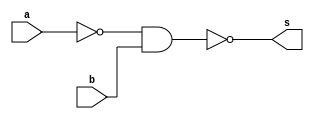
/*
Aluno: Gabriel Samarane Ribeiro [1313414]
Matricula: 725052
Matria: Arquitetura de Computadores-1
Guia_0504
*/


module Guia_0504(output s, input a, input b);

  //	Funo:	~(~a&b)
  //	nand: ~(a&b)
  
  	//Dados
	
	wire not_a;
	
	//Portas
	
  	nand NOTa(not_a,a,1);
  	
  	nand nand_gate(s,not_a,b);
  	

endmodule


module teste;

	//Dados para teste
	
	reg a;
	reg b;
	wire s;
	
	Guia_0504 moduloTeste(s,a,b);

initial
	begin: main
	
	
		$display("Guia_0504 - GabrielSamaraneRibeiro - 1313414");
		$display("Test module");
		$display(" a - b - s ");
		
		// projetar testes do modulo
		/*
			Fazendo a tabela verdade para prever resultados
			
				| a | b | ~(~a&b) | 
				|---|---|---------|
				| 0 | 0 |    1    |
				| 0 | 1 |    0    |
				| 1 | 0	|    1    |
				| 1 | 1 |    1	  |
		*/
		
		
		$monitor("%4b %4b %4b", a, b, s);					
		 a = 1'b0; b = 1'b0;
		#1
		 a = 1'b0; b = 1'b1;
		#1
		 a = 1'b1; b = 1'b0;
		#1
		 a = 1'b1; b = 1'b1;
	end
endmodule